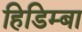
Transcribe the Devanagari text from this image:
हिडिम्‍बा